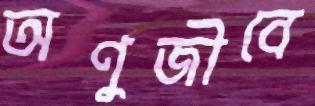
অণুজীবে